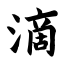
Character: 滴